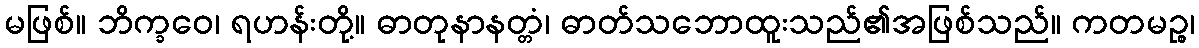
မဖြစ်။ ဘိက္ခဝေ၊ ရဟန်းတို့။ ဓာတုနာနတ္တံ၊ ဓာတ်သဘောထူးသည်၏အဖြစ်သည်။ ကတမဉ္စ၊